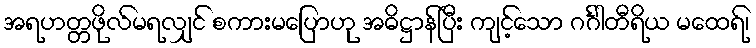
အရဟတ္တဖိုလ်မရလျှင် စကားမပြောဟု အဓိဋ္ဌာန်ပြီး ကျင့်သော ဂင်္ဂါတီရိယ မထေရ်၊